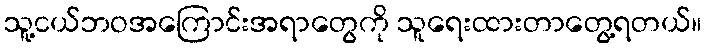
သူ့ငယ်ဘဝအကြောင်းအရာတွေကို သူရေးထားတာတွေ့ရတယ်။